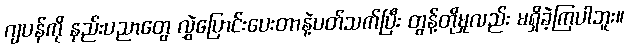
ဂျပန်ကို နည်းပညာတွေ လွှဲပြောင်းပေးတာနဲ့ပတ်သက်ပြီး တွန့်တိုမှုလည်း မရှိခဲ့ကြပါဘူး။